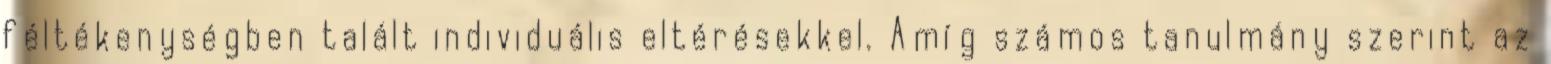
féltékenységben talált individuális eltérésekkel. Amíg számos tanulmány szerint az